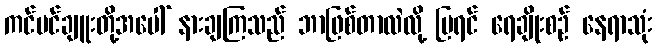
ကင်မင်ချူးတို့အပေါ် နားချကြသည် ဘာဖြစ်တာလဲလို့ မြရင် ရေချိုးစဉ် နေရာသုံး